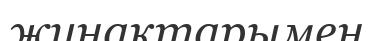
жинақтарымен